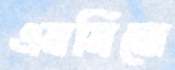
এনসিনো